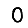
Digit: 0